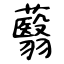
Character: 蘙